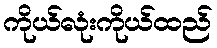
ကိုယ်လုံးကိုယ်ထည်